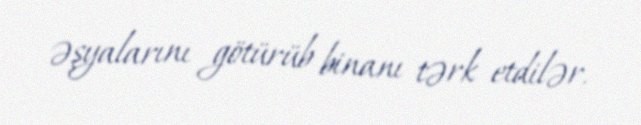
əşyalarını götürüb binanı tərk etdilər.